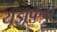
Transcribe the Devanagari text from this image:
यूझूफ़ेंग